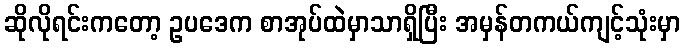
ဆိုလိုရင်းကတော့ ဥပဒေက စာအုပ်ထဲမှာသာရှိပြီး အမှန်တကယ်ကျင့်သုံးမှာ